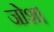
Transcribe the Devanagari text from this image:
जोश।